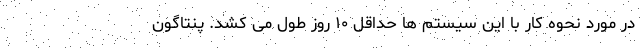
در مورد نحوه کار با این سیستم ها حداقل ۱۰ روز طول می کشد. پنتاگون